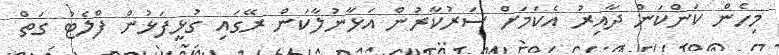
މިހެން ކަންކަން ދާއިރު އެކަމަށް ސަރުކާރުން އަޅާނުލާކަން ރޭގައި ގުޅީފަޅުން ފްލެޓު ގަތް